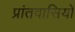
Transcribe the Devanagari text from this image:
प्रांतवासियों